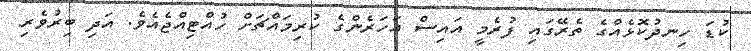
ކުޑަ ހިނދުކޮޅެއްގެ ތެރޭގައި ފުރެމީ އައިސް އަހަރެންގެ ކުރިމައްޗަށް ހުއްޓިއްޖެއެވެ. އަދި ބިރުވެރި